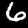
Digit: 6